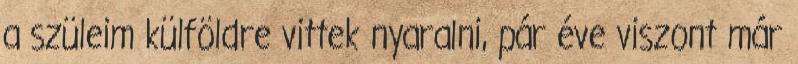
a szüleim külföldre vittek nyaralni, pár éve viszont már